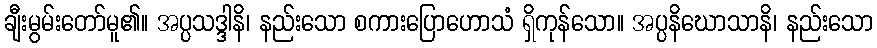
ချီးမွမ်းတော်မူ၏။ အပ္ပသဒ္ဒါနိ၊ နည်းသော စကားပြောဟောသံ ရှိကုန်သော။ အပ္ပနိဃောသာနိ၊ နည်းသော